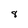
Character: 8